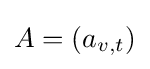
A=(a_{v,t})